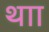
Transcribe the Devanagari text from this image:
थाा